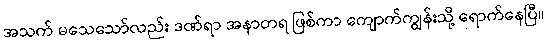
အသက် မသေသော်လည်း ဒဏ်ရာ အနာတရ ဖြစ်ကာ ကျောက်ကျွန်းသို့ ရောက်နေပြီ။